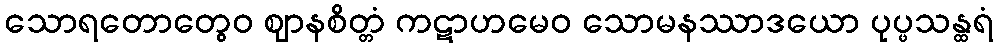
သောရတောတွေဝ ဈာနစိတ္တံ ကဋာဟမေဝ သောမနဿာဒယော ပုပ္ဖသန္ထရံ